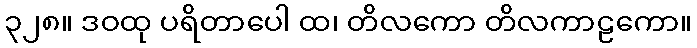
၃၂၈။ ဒဝထု ပရိတာပေါ ထ၊ တိလကော တိလကာဠကော။